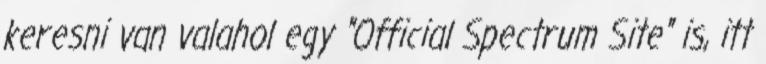
keresni van valahol egy "Official Spectrum Site" is, itt